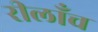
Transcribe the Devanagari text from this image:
रीलाँच